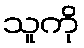
သူကို